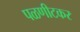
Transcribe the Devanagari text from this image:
पळणीटकर